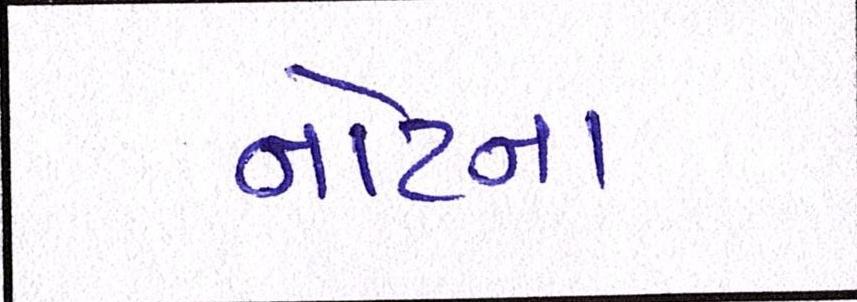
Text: નોટના